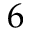
6